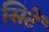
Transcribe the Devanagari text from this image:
सिटें